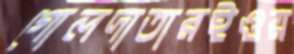
গোলদাতারইওয়